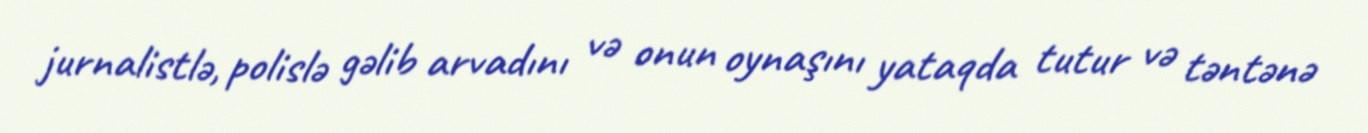
jurnalistlə, polislə gəlib arvadını və onun oynaşını yataqda tutur və təntənə